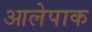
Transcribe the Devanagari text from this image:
आलेपाक